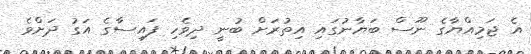
އެ ޖަމިއްޔާގެ ނޫސް ބަޔާނުގައި އިތުރަށް ބުނީ ދިވެހި ފައިސާގެ އަގު ދަށްވެ